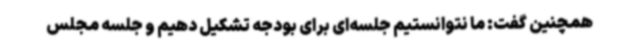
همچنین گفت: ما نتوانستیم جلسه‌ای برای بودجه تشکیل دهیم و جلسه مجلس